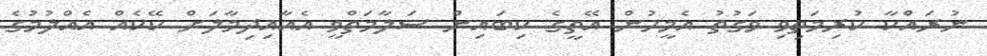
ނުރައްކާ ކުރިމަތިވި ވަގުތު އެމީހުން އޭތީގެ ކިބައިން ސަލާމަތްވީ އެއާއިދިމާލަށް ކޭކެއް އެއްލުމުގެ